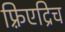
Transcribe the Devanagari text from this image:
फ़्रिएद्रिच